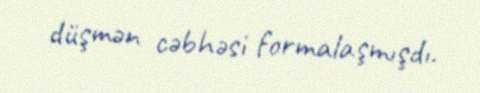
düşmən cəbhəsi formalaşmışdı.